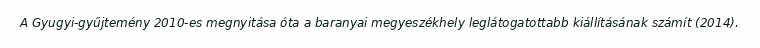
A Gyugyi-gyűjtemény 2010-es megnyitása óta a baranyai megyeszékhely leglátogatottabb kiállításának számít (2014).